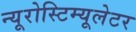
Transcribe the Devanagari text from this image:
न्यूरोस्टिम्यूलेटर